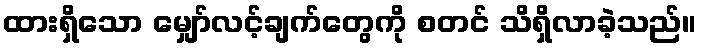
ထားရှိသော မျှော်လင့်ချက်တွေကို စတင် သိရှိလာခဲ့သည်။